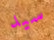
سيد